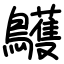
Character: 鸌